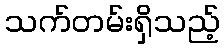
သက်တမ်းရှိသည့်